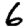
Digit: 6